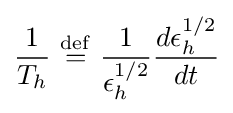
{\frac {1}{T_{h}}}\ {\stackrel {\mathrm {def} }{=}}\ {\frac {1}{\epsilon _{h}^{1/2}}}{\frac {d\epsilon _{h}^{1/2}}{dt}}